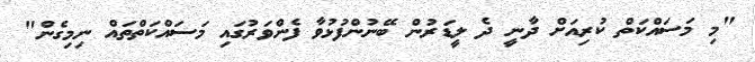
"މި މަސައްކަތް ކުރިއަށް ދާނީ ދެ ލީޑަރުން ބޭނުންފުޅުވާ ފެންވަރުގައި މަސައްކަތްތައް ނިމިގެން"